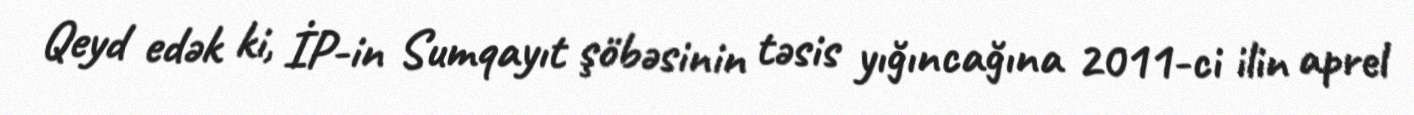
Qeyd edək ki, İP-in Sumqayıt şöbəsinin təsis yığıncağına 2011-ci ilin aprel